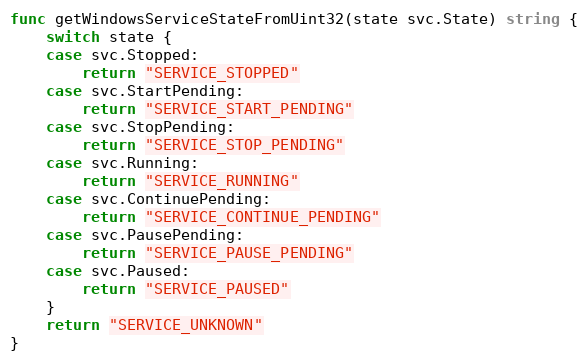
Language: Go
func getWindowsServiceStateFromUint32(state svc.State) string {
	switch state {
	case svc.Stopped:
		return "SERVICE_STOPPED"
	case svc.StartPending:
		return "SERVICE_START_PENDING"
	case svc.StopPending:
		return "SERVICE_STOP_PENDING"
	case svc.Running:
		return "SERVICE_RUNNING"
	case svc.ContinuePending:
		return "SERVICE_CONTINUE_PENDING"
	case svc.PausePending:
		return "SERVICE_PAUSE_PENDING"
	case svc.Paused:
		return "SERVICE_PAUSED"
	}
	return "SERVICE_UNKNOWN"
}